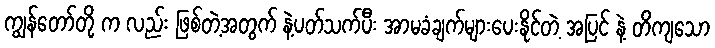
ကျွန်တော်တို့ က လည်း ဖြစ်တဲ့အတွက် နဲ့ပတ်သက်ပီး အာမခံချက်များပေးနိုင်တဲ့ အပြင် နဲ့ တိကျသော